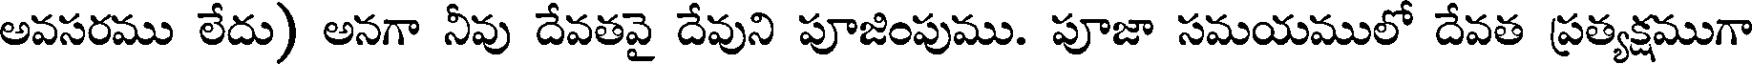
అవసరము లేదు) అనగా నీవు దేవతవై దేవుని పూజింపుము. పూజా సమయములో దేవత ప్రత్యక్షముగా